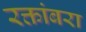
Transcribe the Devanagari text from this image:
रक्तांबरा